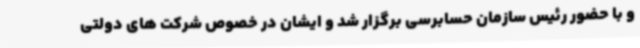
و با حضور رئیس سازمان حسابرسی برگزار شد و ایشان در خصوص شرکت های دولتی